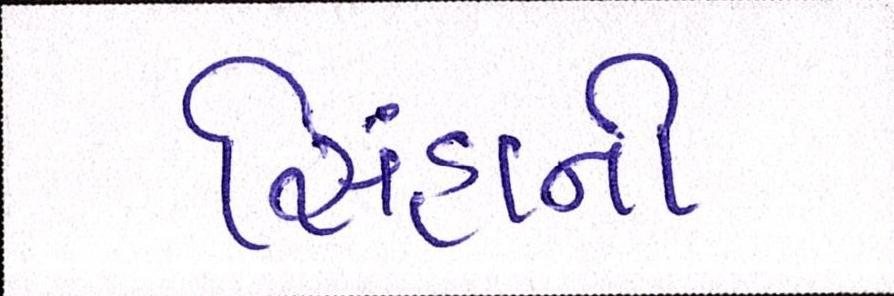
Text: સિંહાની